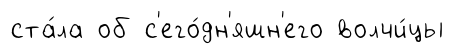
ста́ла об с'его́дн'яшн'его волчи́цы